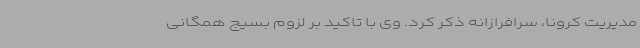
مدیریت کرونا، سرافرازانه ذکر کرد. وی با تاکید بر لزوم بسیج همگانی